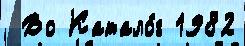
 Во Катало́г 1982